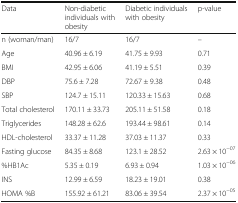
<table><thead><tr><td><b>Data</b></td><td><b>Non-diabetic individuals with obesity</b></td><td><b>Diabetic individuals with obesity</b></td><td><b>p-value</b></td></tr></thead><tbody><tr><td>n (woman/man)</td><td>16/7</td><td>16/7</td><td>–</td></tr><tr><td>Age</td><td>40.96 ± 6.19</td><td>41.75 ± 9.93</td><td>0.71</td></tr><tr><td>BMI</td><td>42.95 ± 6.06</td><td>41.19 ± 5.51</td><td>0.39</td></tr><tr><td>DBP</td><td>75.6 ± 7.28</td><td>72.67 ± 9.38</td><td>0.48</td></tr><tr><td>SBP</td><td>124.7 ± 15.11</td><td>120.33 ± 15.63</td><td>0.68</td></tr><tr><td>Total cholesterol</td><td>170.11 ± 33.73</td><td>205.11 ± 51.58</td><td>0.18</td></tr><tr><td>Triglycerides</td><td>148.28 ± 62.6</td><td>193.44 ± 98.61</td><td>0.14</td></tr><tr><td>HDL-cholesterol</td><td>33.37 ± 11.28</td><td>37.03 ± 11.37</td><td>0.33</td></tr><tr><td>Fasting glucose</td><td>84.35 ± 8.68</td><td>123.1 ± 28.52</td><td>2.63 × 10<sup>−07</sup></td></tr><tr><td>%HB1Ac</td><td>5.35 ± 0.19</td><td>6.93 ± 0.94</td><td>1.03 × 10<sup>−06</sup></td></tr><tr><td>INS</td><td>12.99 ± 6.59</td><td>18.23 ± 19.01</td><td>0.38</td></tr><tr><td>HOMA %B</td><td>155.92 ± 61.21</td><td>83.06 ± 39.54</td><td>2.37 × 10<sup>−05</sup></td></tr></tbody></table>